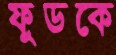
ফুডকে